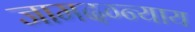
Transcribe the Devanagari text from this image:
जामदग्न्याय